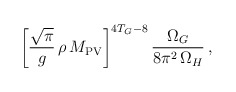
\begin{align*}\left[\frac{\sqrt{\pi}}{g}\, \rho\, M_{\rm PV}\right]^{4T_G-8}\frac{\Omega_G}{8\pi^2\,\Omega_H}\,,\end{align*}